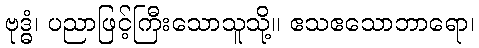
ဗုဒ္ဓံ၊ ပညာဖြင့်ကြီးသောသူသို့။ ဧသဧသောဘာရော၊